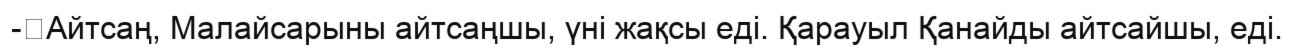
-	Айтсаң, Малайсарыны айтсаңшы, үні жақсы еді. Қарауыл Қанайды айтсайшы, еді.